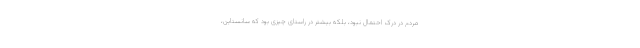
مردم در درک احتمال نبود، بلکه بیشتر در راستای چیزی بود که سانستاین،